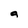
Character: a